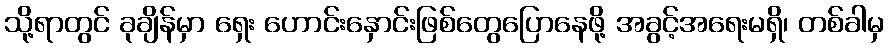
သို့ရာတွင် ခုချိန်မှာ ရှေး ဟောင်းနှောင်းဖြစ်တွေပြောနေဖို့ အခွင့်အရေးမရှိ၊ တစ်ခါမှ